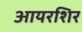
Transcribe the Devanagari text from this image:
आयरशिर